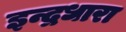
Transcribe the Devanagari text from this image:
इन्द्रधारा